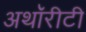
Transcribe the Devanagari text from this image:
अथॉरीटी